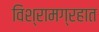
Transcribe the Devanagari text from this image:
विश्रामग्रहात